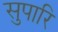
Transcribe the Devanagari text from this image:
सुपारि